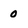
Character: 0